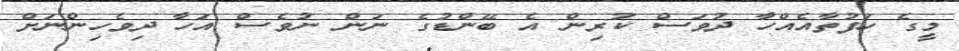
މީގެ ހަފުތާއެއްހާ ދުވަސް ކުރިން އެ ބޭންޑުގެ ނަން ނުވެސް އަހާ ދިވެހިންނަށް